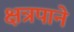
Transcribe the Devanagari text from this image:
क्षत्रपाने